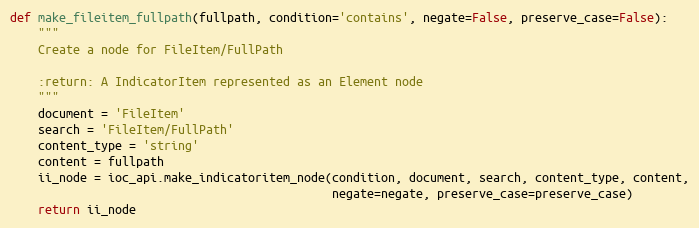
Language: Python
def make_fileitem_fullpath(fullpath, condition='contains', negate=False, preserve_case=False):
    """
    Create a node for FileItem/FullPath

    :return: A IndicatorItem represented as an Element node
    """
    document = 'FileItem'
    search = 'FileItem/FullPath'
    content_type = 'string'
    content = fullpath
    ii_node = ioc_api.make_indicatoritem_node(condition, document, search, content_type, content,
                                              negate=negate, preserve_case=preserve_case)
    return ii_node